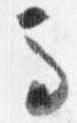
馬